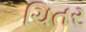
ચિતર